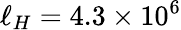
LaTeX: \ell_{H}=4.3\times 10^{6}